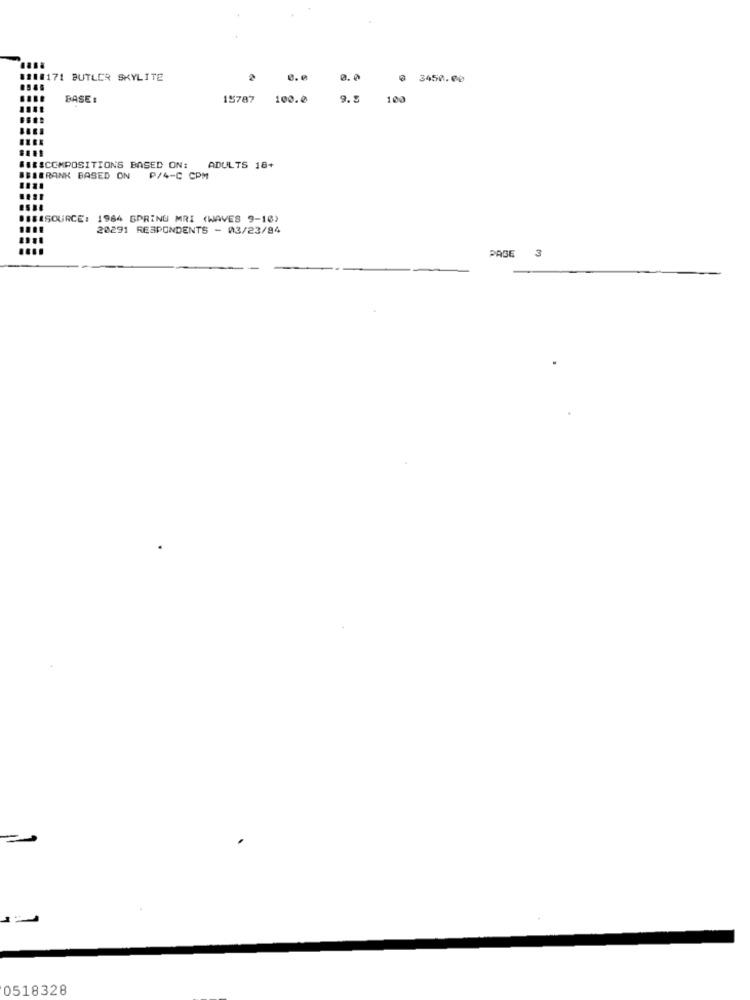
811#171 BUTLER SKYLITE
0.0
0.0
3450.00
BASE :
18787
100.0
9.5
100
###SCCMPOSITIONS BASED ON:
ADULTS 18+
BBSBRANK BASED ON P/4-C CPM
DISESOURCE: 1964 SPRING MRI (WAVES 9-10)
20291 RESPONDENTS - 03/23/94
PASE
3
0518328